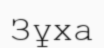
Зұха